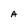
Character: A